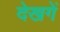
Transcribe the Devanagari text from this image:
देखगें